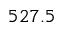
5 2 7 . 5